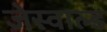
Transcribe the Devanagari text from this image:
जेस्वाल्ड